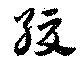
緩